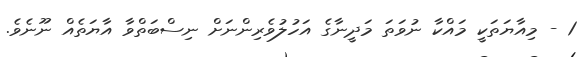
1 - މިއާޔަތަކީ މައްކާ ނުވަތަ މަދީނާގެ އަހުލުވެރިންނަށް ނިސްބަތްވާ އާޔަތެއް ނޫނެވެ.